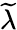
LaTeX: \widetilde{\lambda}